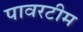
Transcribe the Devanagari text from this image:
पावरटीम